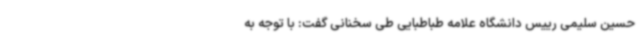
حسین سلیمی رییس دانشگاه علامه طباطبایی طی سخنانی گفت: با توجه به